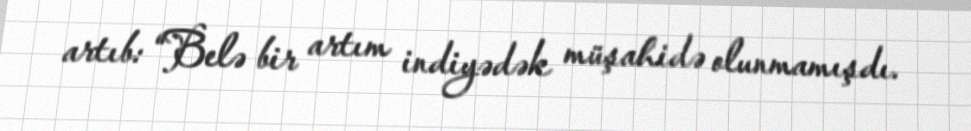
artıb: “Belə bir artım indiyədək müşahidə olunmamışdı.